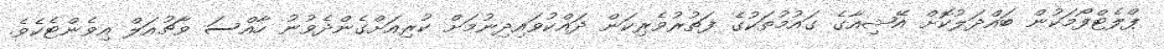
ޕްލެޓްފޯމަކުން ބައްދަލުކޮށް އޭޝިއާގެ ގައުމުތަކުގެ ފަތުރުވެރިކަން ދައްކުވައިދިނުމަށް ކުރިއަށްގެންދެވުނު ހާއްސަ ވާޗުއަލް އިވެންޓެކެވެ.